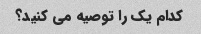
کدام یک را توصیه می کنید؟